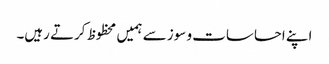
اپنے احساسات و سوز سے ہمیں محظوظ کرتے رہیں۔